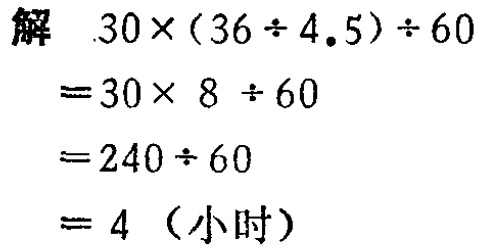
\[
\begin{align*}
&30\times(36\div4.5)\div60\\
=&30\times8\div60\\
=&240\div60\\
=&4\ (\text{小时})
\end{align*}
\]